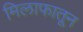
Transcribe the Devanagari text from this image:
मिलाफातून